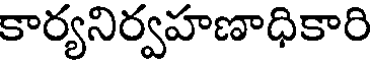
కార్యనిర్వహణాధికారి